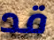
قد